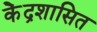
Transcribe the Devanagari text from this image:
के॓द्रशासित